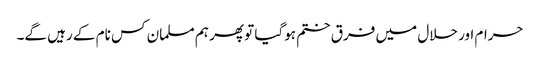
حرام اور حلال میں فرق ختم ہوگیا تو پھر ہم مسلمان کس نام کے رہیں گے۔